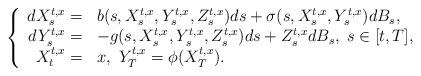
LaTeX: \begin{align*}\left\{\begin{array}[c]{rl}dX_{s}^{t,x}= & b(s,X_{s}^{t,x},Y_{s}^{t,x},Z_{s}^{t,x})ds+\sigma(s,X_{s}^{t,x},Y_{s}^{t,x})dB_{s},\\dY_{s}^{t,x}= & -g(s,X_{s}^{t,x},Y_{s}^{t,x},Z_{s}^{t,x})ds+Z_{s}^{t,x}dB_{s},\;s\in\lbrack t,T],\\X_{t}^{t,x}= & x,\ Y_{T}^{t,x}=\phi(X_{T}^{t,x}).\end{array}\right. \end{align*}